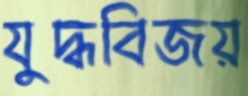
যুদ্ধবিজয়